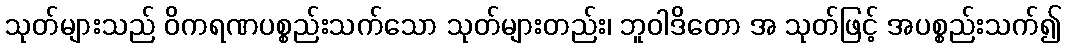
သုတ်များသည် ဝိကရဏပစ္စည်းသက်သော သုတ်များတည်း၊ ဘူဝါဒိတော အ သုတ်ဖြင့် အပစ္စည်းသက်၍